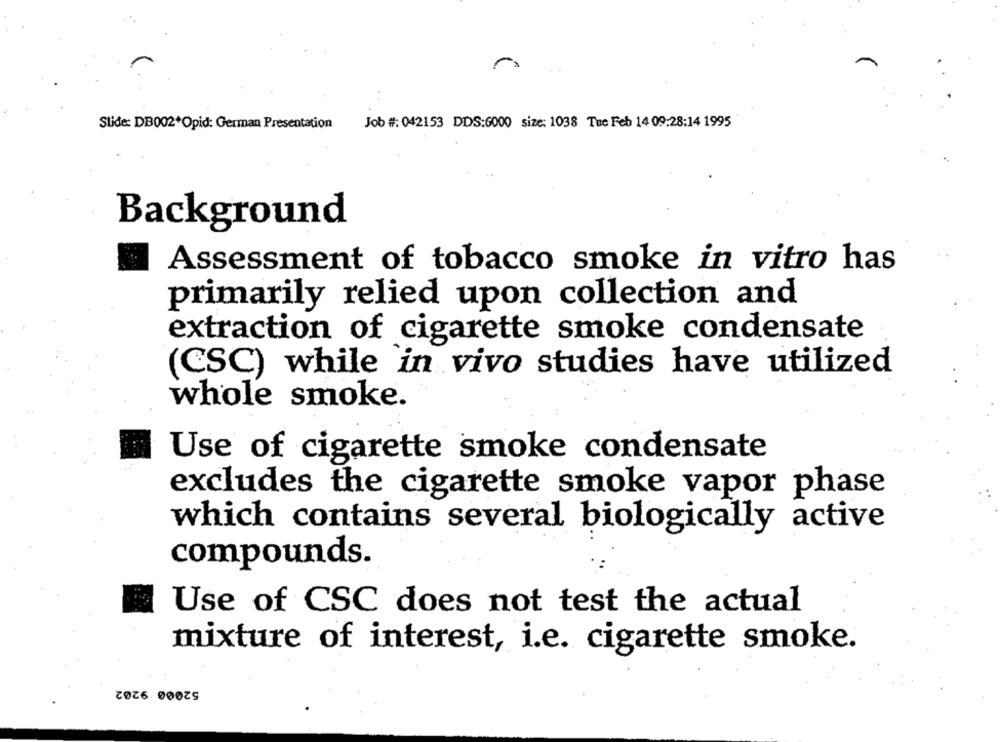
Slide: DB002*Opid: German Presentation
Job #: 042153 DDS:6000 size: 1038 Tue Feb 14 09:28:14 1995
Background
Assessment of tobacco smoke in vitro has
primarily relied upon collection and
extraction of cigarette smoke condensate
(CSC) while in vivo studies have utilized
whole smoke.
Use of cigarette smoke condensate
excludes the cigarette smoke vapor phase
which contains several biologically active
compounds.
Use of CSC does not test the actual
mixture of interest, i.e. cigarette smoke.
52000 9202